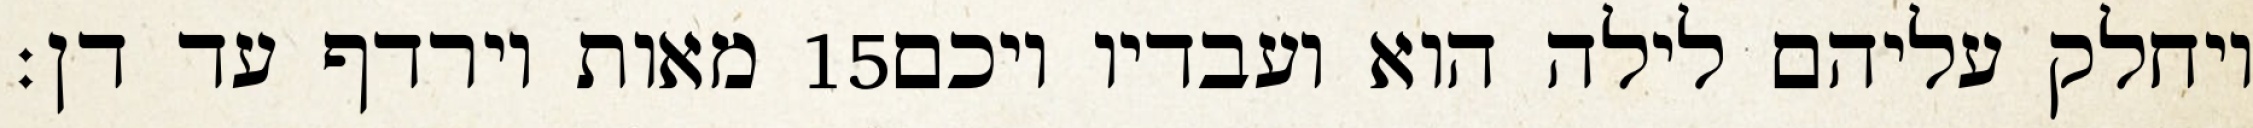
מאות וירדף עד דן׃ ‎15‏ ויחלק עליהם לילה הוא ועבדיו ויכם